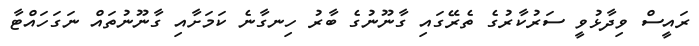
ރައީސް ވިދާޅުވީ ސަރުކާރުގެ ތެރޭގައި ގާނޫނުގެ ބާރު ހިނގާނެ ކަމަށާއި ގާނޫނުތައް ނަގަހައްޓާ